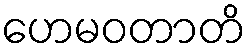
ဟေမဝတာတိ